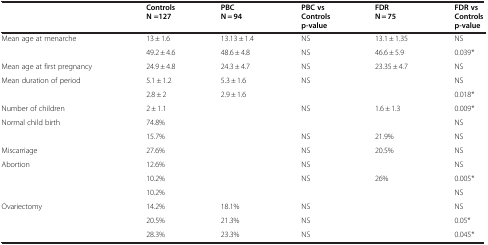
<table><thead><tr><td>[EMPTY_CELL]</td><td><b>Controls N =127</b></td><td><b>PBC N = 94</b></td><td><b>PBC vs Controls p-value</b></td><td><b>FDR N = 75</b></td><td><b>FDR vs Controls p-value</b></td></tr></thead><tbody><tr><td>Mean age at menarche</td><td>13 ± 1.6</td><td>13.13 ± 1.4</td><td>NS</td><td>13.1 ± 1.35</td><td>NS</td></tr><tr><td>[EMPTY_CELL]</td><td>49.2 ± 4.6</td><td>48.6 ± 4.8</td><td>NS</td><td>46.6 ± 5.9</td><td>0.039*</td></tr><tr><td>Mean age at first pregnancy</td><td>24.9 ± 4.8</td><td>24.3 ± 4.7</td><td>NS</td><td>23.35 ± 4.7</td><td>NS</td></tr><tr><td>Mean duration of period</td><td>5.1 ± 1.2</td><td>5.3 ± 1.6</td><td>NS</td><td>[EMPTY_CELL]</td><td>NS</td></tr><tr><td>[EMPTY_CELL]</td><td>2.8 ± 2</td><td>2.9 ± 1.6</td><td>[EMPTY_CELL]</td><td>[EMPTY_CELL]</td><td>0.018*</td></tr><tr><td>Number of children</td><td>2 ± 1.1</td><td>[EMPTY_CELL]</td><td>NS</td><td>1.6 ± 1.3</td><td>0.009*</td></tr><tr><td>Normal child birth</td><td>74.8%</td><td>[EMPTY_CELL]</td><td>[EMPTY_CELL]</td><td>[EMPTY_CELL]</td><td>NS</td></tr><tr><td>[EMPTY_CELL]</td><td>15.7%</td><td>[EMPTY_CELL]</td><td>NS</td><td>21.9%</td><td>NS</td></tr><tr><td>Miscarriage</td><td>27.6%</td><td>[EMPTY_CELL]</td><td>NS</td><td>20.5%</td><td>NS</td></tr><tr><td>Abortion</td><td>12.6%</td><td>[EMPTY_CELL]</td><td>NS</td><td>[EMPTY_CELL]</td><td>NS</td></tr><tr><td>[EMPTY_CELL]</td><td>10.2%</td><td>[EMPTY_CELL]</td><td>NS</td><td>26%</td><td>0.005*</td></tr><tr><td>[EMPTY_CELL]</td><td>10.2%</td><td>[EMPTY_CELL]</td><td>[EMPTY_CELL]</td><td>[EMPTY_CELL]</td><td>NS</td></tr><tr><td>Ovariectomy</td><td>14.2%</td><td>18.1%</td><td>NS</td><td>[EMPTY_CELL]</td><td>NS</td></tr><tr><td>[EMPTY_CELL]</td><td>20.5%</td><td>21.3%</td><td>NS</td><td>[EMPTY_CELL]</td><td>0.05*</td></tr><tr><td>[EMPTY_CELL]</td><td>28.3%</td><td>23.3%</td><td>NS</td><td>[EMPTY_CELL]</td><td>0.045*</td></tr></tbody></table>